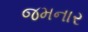
જમનાર